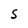
Character: S